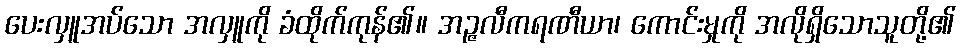
ပေးလှူအပ်သော အလှူကို ခံထိုက်ကုန်၏။ အဉ္ဇလီကရဏီယာ၊ ကောင်းမှုကို အလိုရှိသောသူတို့၏